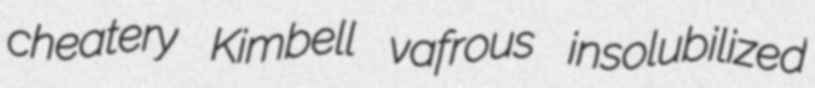
cheatery Kimbell vafrous insolubilized